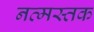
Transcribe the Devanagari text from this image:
नत्मस्तक